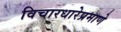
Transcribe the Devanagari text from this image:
विचारधारेप्रमाणे